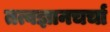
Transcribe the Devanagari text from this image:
तत्वज्ञानचर्चा